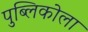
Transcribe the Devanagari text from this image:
पुब्लिकोला